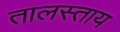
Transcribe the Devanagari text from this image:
तालस्ताय